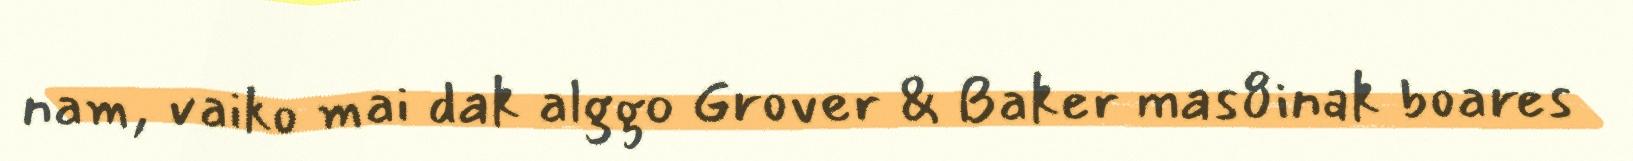
nam, vaiko mai dak alggo Grover & Baker mas8inak boares